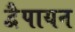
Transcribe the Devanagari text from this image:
द्वेैपायन